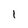
Character: 1